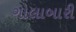
ગોલાબારી